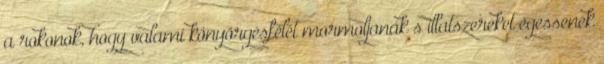
a rokonok, hogy valami könyörgésfélét mormoljanak s illatszereket égessenek